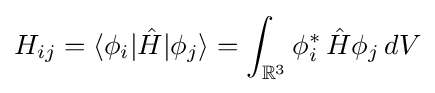
H_{ij}=\langle \phi _{i}|{\hat {H}}|\phi _{j}\rangle =\int _{\mathbb {R} ^{3}}\phi _{i}^{*}\,{\hat {H}}\phi _{j}\,dV